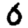
Digit: 0